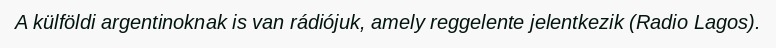
A külföldi argentinoknak is van rádiójuk, amely reggelente jelentkezik (Radio Lagos).